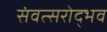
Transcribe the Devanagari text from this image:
संवत्सरोद्भव